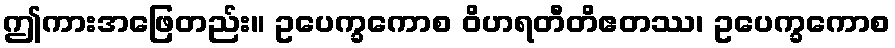
ဤကားအဖြေတည်း။ ဥပေက္ခကောစ ဝိဟရတီတိဧတဿ၊ ဥပေက္ခကောစ